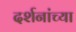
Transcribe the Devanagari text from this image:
दर्शनांच्या